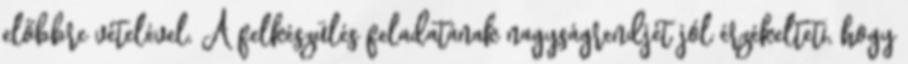
előbbre vételével. A felkészülés feladatának nagyságrendjét jól érzékelteti, hogy